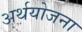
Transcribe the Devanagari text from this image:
अर्थयोजना